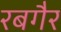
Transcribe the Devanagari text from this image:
रबगैर